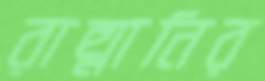
রাহ্মানির